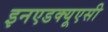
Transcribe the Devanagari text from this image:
इनएडक्यूएसी